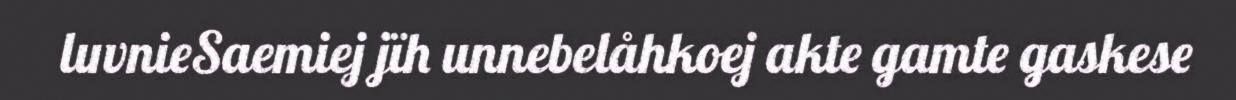
luvnieSaemiej jïh unnebelåhkoej akte gamte gaskese